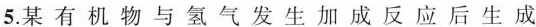
5. 某 有 机 物 与 氢 气 发 生 加 成 反 应 后 生 成